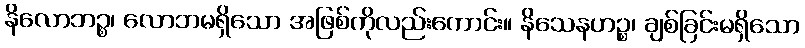
နိလောဘဉ္စ၊ လောဘမရှိသော အဖြစ်ကိုလည်းကောင်း။ နိသေနဟဉ္စ၊ ချစ်ခြင်းမရှိသော